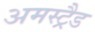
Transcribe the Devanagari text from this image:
अमस्ट्रैड